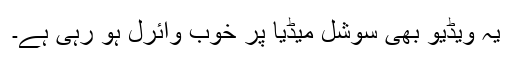
یہ ویڈیو بھی سوشل میڈیا پر خوب وائرل ہو رہی ہے۔